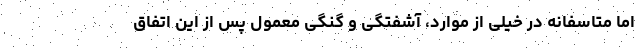
اما متاسفانه در خیلی از موارد، آشفتگی و گُنگی معمول پس از این اتفاق